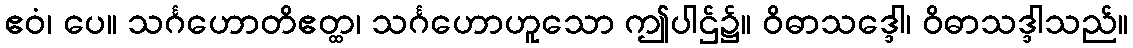
ဧဝံ၊ ပေ။ သင်္ဂဟောတိဧတ္ထ၊ သင်္ဂဟောဟူသော ဤပါဌ်၌။ ဝိဓာသဒ္ဒေါ၊ ဝိဓာသဒ္ဒါသည်။